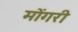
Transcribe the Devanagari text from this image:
मोंगरी